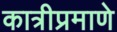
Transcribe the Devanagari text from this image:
कात्रीप्रमाणे